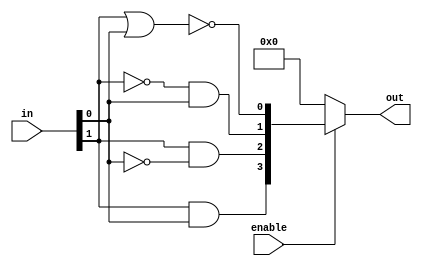
`timescale 1ns / 1ps
//////////////////////////////////////////////////////////////////////////////////
// Company: 
// Engineer: 
// 
// Design Name: 
// Module Name: decoder2by4
// Project Name: 
// Target Devices: 
// Tool Versions: 
// Description: 
// 
// Dependencies: 
// 
// Revision:
// Revision 0.01 - File Created
// Additional Comments:
// 
//////////////////////////////////////////////////////////////////////////////////


module decoder2by4(
input [1:0] in,
input enable,
output [3:0] out
    );
    
    wire [3:0] temp;
    
    assign temp[0] = ~(in[1] | in[0]);
    assign temp[1] = (~in[1] & in[0]);
    assign temp[2] = (in[1] & ~in[0]);
    assign temp[3] = (in[1] & in[0]);
    
    assign out = enable ? temp : 4'b0;
    
endmodule